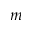
m